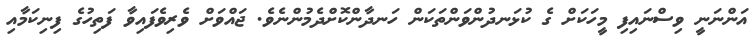
އަންނަނީ ވިސްނައިފި މީހަކަށް ގެ ކުޅަނދުންވަންތަކަން ހަނދާންކޮށްދެމުންނެވެ. ޖައްވަށް ވެރިވެފައިވާ ފަތިހުގެ ފިނިކަމާއި